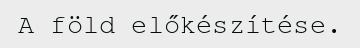
A föld előkészítése.